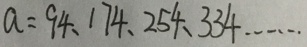
a = 9 4 、 1 7 4 、 2 5 4 、 3 3 4 \cdots